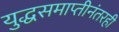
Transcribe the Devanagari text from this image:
युद्धसमाप्तीनंतरही